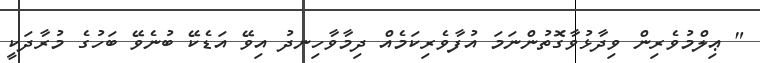
" ޢިލްމުވެރިން ވިދާޅުވާގޮތުންނަމަ އުފާވެރިކަމެއް ދިމާވާހިނދު އިވޭ އަޑެކޭ ބުނެވޭ ބަހުގެ މުރާދަކީ